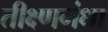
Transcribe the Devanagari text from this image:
तीक्ष्णगंधा